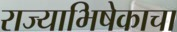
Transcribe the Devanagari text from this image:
राज्याभिषेकाचा